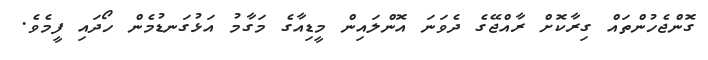
ގޮންޖެހުންތައް ގިރާކޮށް ރާއްޖޭގެ ދެވަނަ އޮންލައިން މީޑިއާގެ މަގާމު އަޅުގަނޑުމެން ހޯދައި ފީމެވެ.